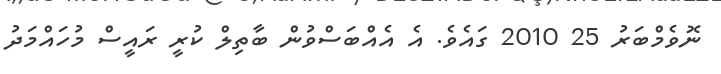
ނޮވެމްބަރު 25 2010 ގައެވެ. އެ އެއްބަސްވުން ބާތިލް ކުރީ ރައީސް މުހައްމަދު